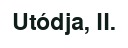
Utódja, II.